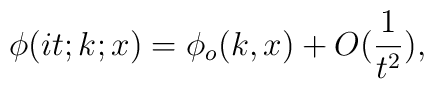
\phi(it;k;x)=\phi_o(k,x)+O(\frac{1}{t^2}),